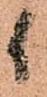
候